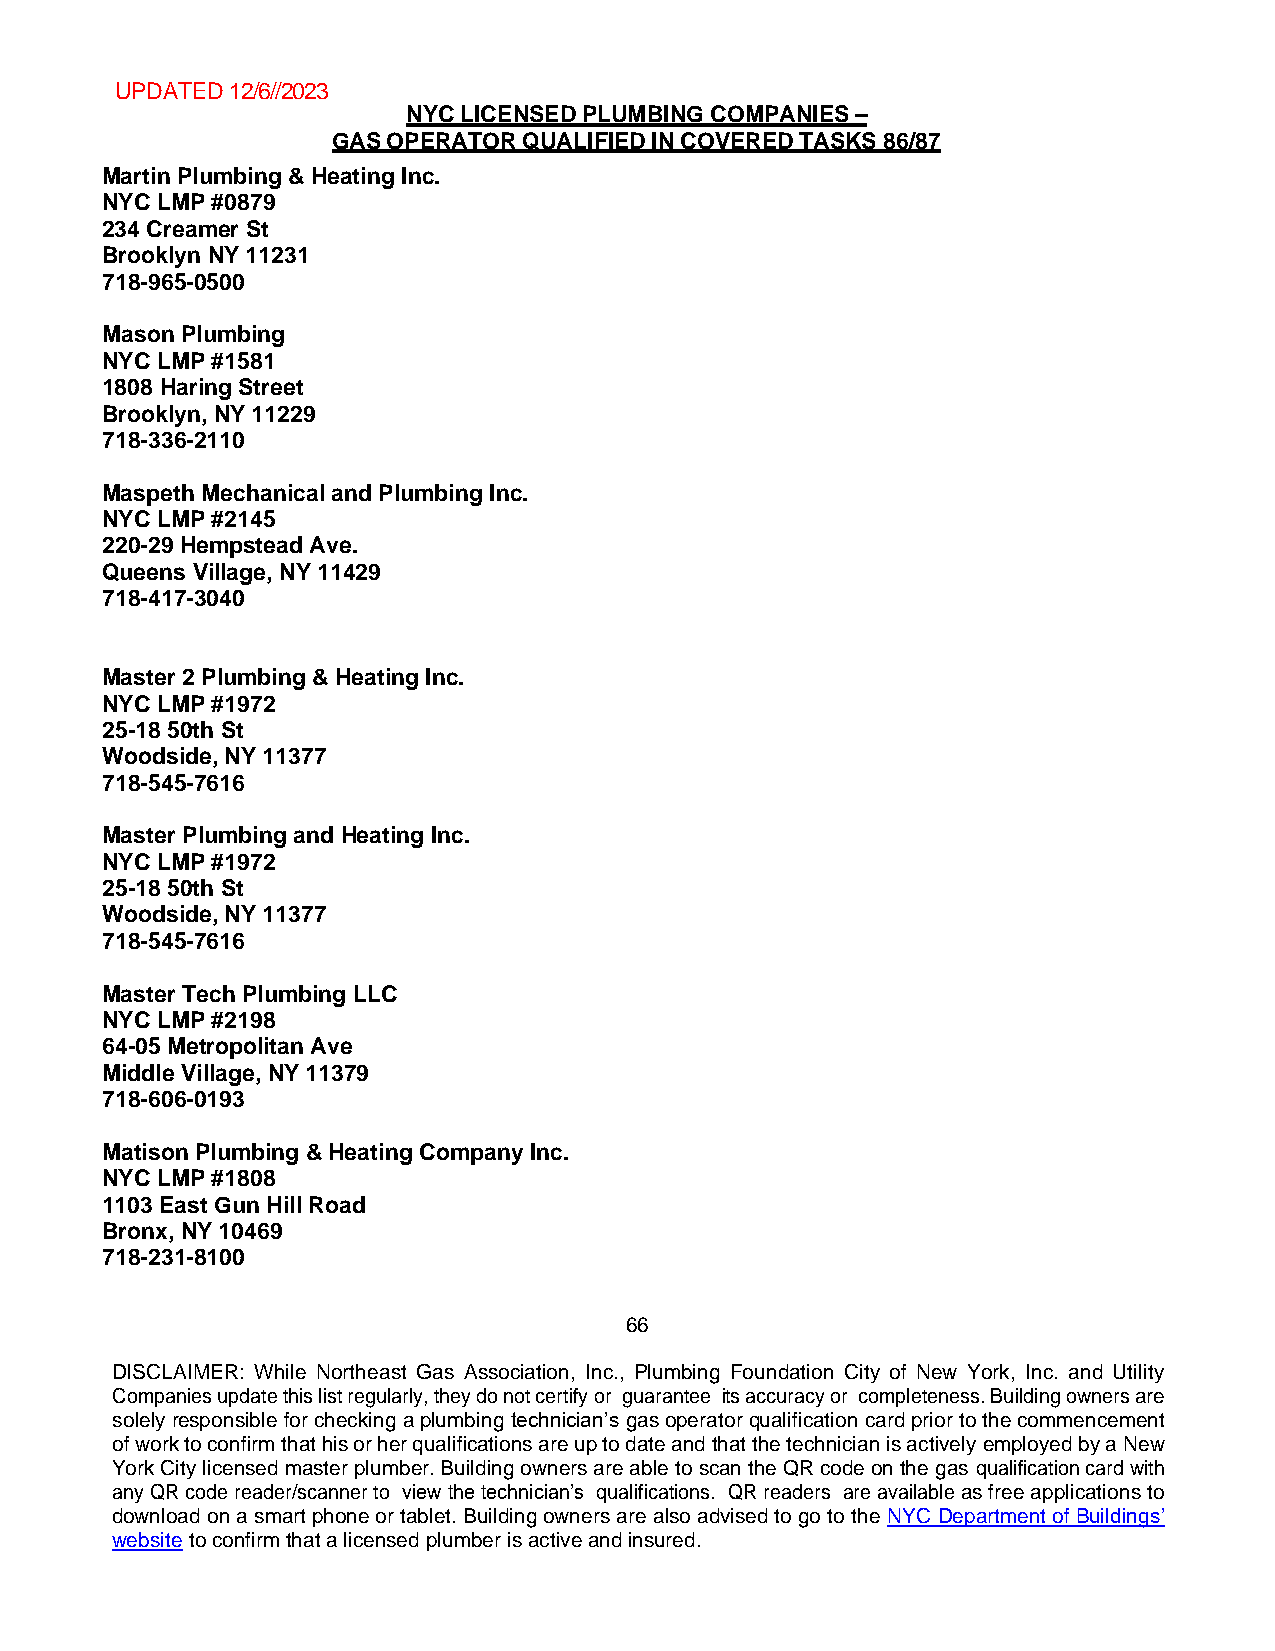
UPDATED 12/6//2023
 NYC LICENSED PLUMBING COMPANIES –
 GAS OPERATOR QUALIFIED IN COVERED TASKS 86/87
 Martin Plumbing & Heating Inc.
 NYC LMP #0879
 234 Creamer St
 Brooklyn NY 11231
 718-965-0500
 Mason Plumbing
 NYC LMP #1581
 1808 Haring Street
 Brooklyn, NY 11229
 718-336-2110
 Maspeth Mechanical and Plumbing Inc.
 NYC LMP #2145
 220-29 Hempstead Ave.
 Queens Village, NY 11429
 718-417-3040
 Master 2 Plumbing & Heating Inc.
 NYC LMP #1972
 25-18 50th St
 Woodside, NY 11377
 718-545-7616
 Master Plumbing and Heating Inc.
 NYC LMP #1972
 25-18 50th St
 Woodside, NY 11377
 718-545-7616
 Master Tech Plumbing LLC
 NYC LMP #2198
 64-05 Metropolitan Ave
 Middle Village, NY 11379
 718-606-0193
 Matison Plumbing & Heating Company Inc.
 NYC LMP #1808
 1103 East Gun Hill Road
 Bronx, NY 10469
 718-231-8100
 66
 DISCLAIMER: While Northeast Gas Association, Inc., Plumbing Foundation City of New York, Inc. and Utility
 Companies update this list regularly, they do not certify or guarantee its accuracy or completeness. Building owners are
 solely responsible for checking a plumbing technician’s gas operator qualification card prior to the commencement
 of work to confirm that his or her qualifications are up to date and that the technician is actively employed by a New
 York City licensed master plumber. Building owners are able to scan the QR code on the gas qualification card with
 any QR code reader/scanner to view the technician’s qualifications. QR readers are available as free applications to
 download on a smart phone or tablet. Building owners are also advised to go to the NYC Department of Buildings’
 website to confirm that a licensed plumber is active and insured.